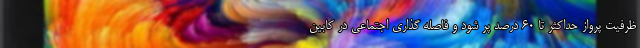
ظرفیت پرواز حداکثر تا ۶۰ درصد پر شود و فاصله گذاری اجتماعی در کابین